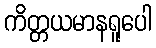
ကိတ္တယမာနရူပေါ